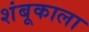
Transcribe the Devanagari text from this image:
शंबूकाला